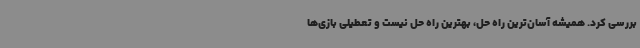
بررسی کرد. همیشه آسان‌ترین راه حل، بهترین راه حل نیست و تعطیلی بازی‌ها